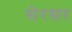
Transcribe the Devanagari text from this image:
सेरसर